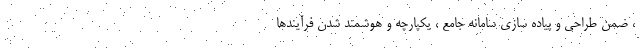
، ضمن طراحی و پياده سازی سامانه جامع ، يکپارچه و هوشمند شدن فرآيندها